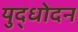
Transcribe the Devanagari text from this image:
युद्धोदन